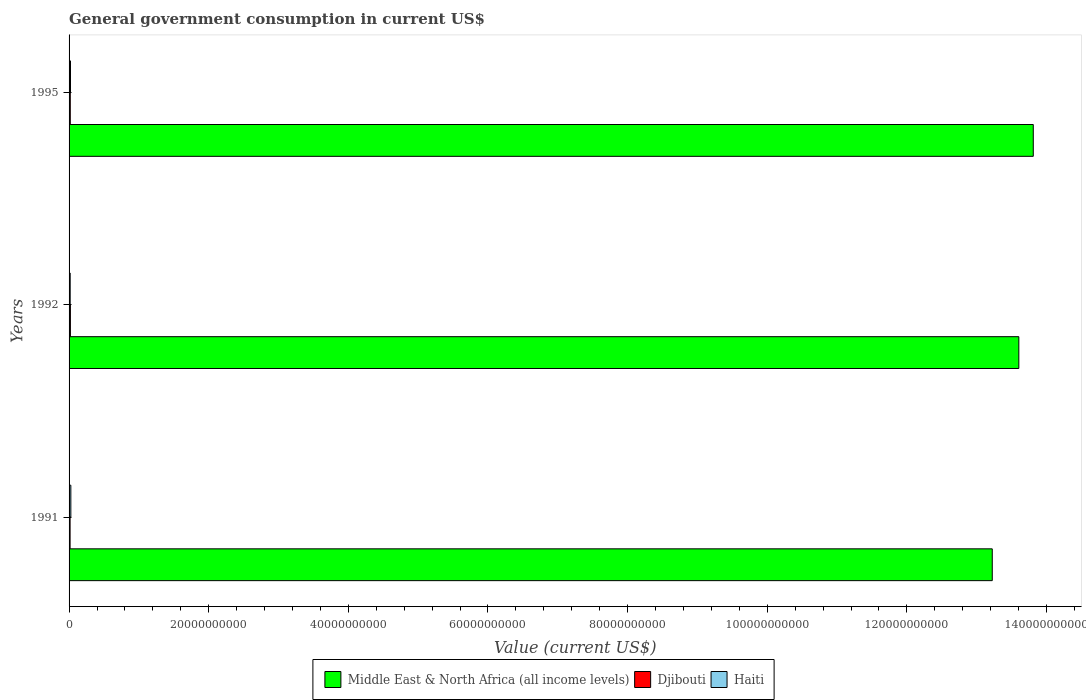
| Years | Middle East & North Africa (all income levels) | Djibouti | Haiti |
 | --- | --- | --- | --- |
 | 1991 | 1.32e+11 | 1.46e+08 | 2.54e+08 |
 | 1992 | 1.36e+11 | 1.92e+08 | 1.6e+08 |
 | 1995 | 1.38e+11 | 1.74e+08 | 2.06e+08 |